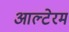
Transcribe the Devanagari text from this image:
आल्टेरम